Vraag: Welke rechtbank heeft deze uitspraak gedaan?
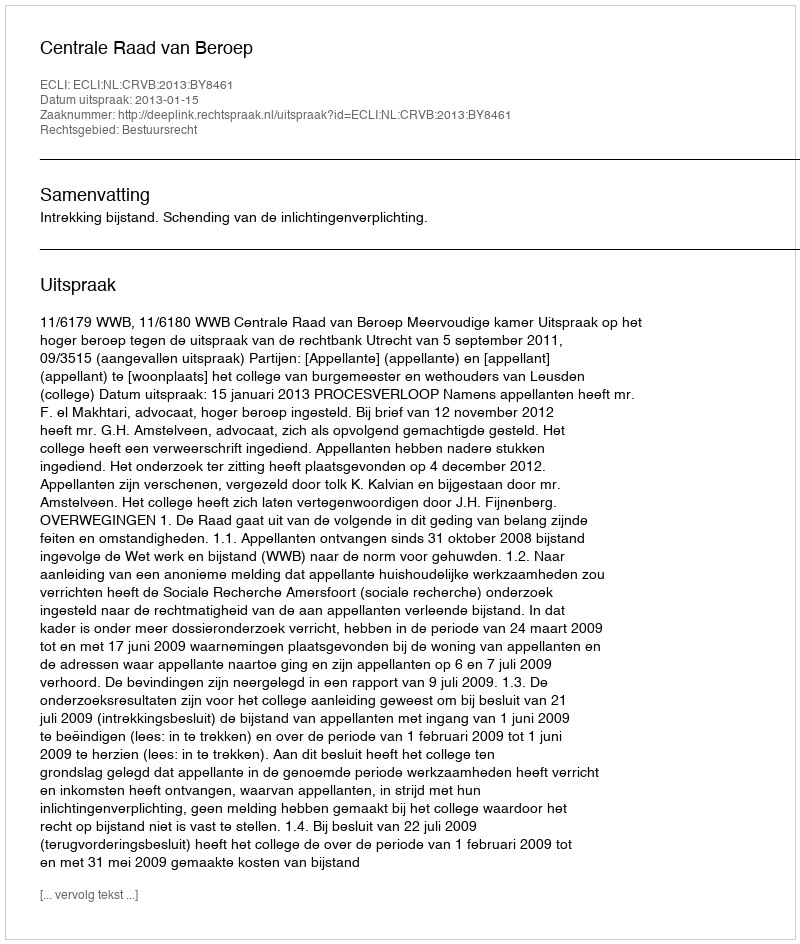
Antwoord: Centrale Raad van Beroep